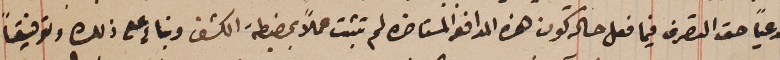
مدعياً حق التصرف فيما فعل حالة كون هذه المدافع المستاخرة لم تثبت عملاً بمضبطة الكشف وبناءٍ على ذلك وتوفيقاً